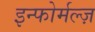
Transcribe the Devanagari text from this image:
इन्फोर्मल्ज़